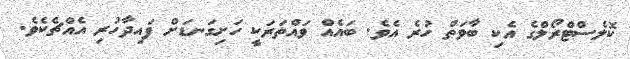
ކޮލެސްޓްރޯލްގެ އެކި ބާވަތް ހުރެ އެވެ. ބައެއް ވައްތަރަކީ ހަށިގަނޑަށް ފައިދާހުރި އެއްޗެކެވެ.